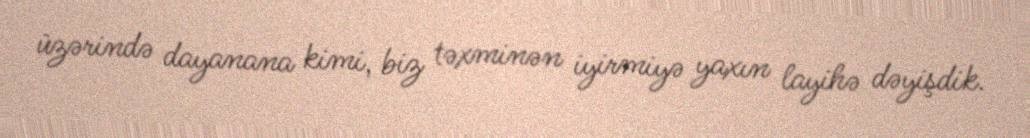
üzərində dayanana kimi, biz təxminən iyirmiyə yaxın layihə dəyişdik.